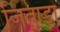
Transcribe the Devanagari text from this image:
जिताडा